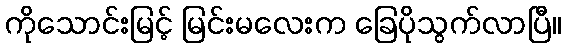
ကိုသောင်းမြင့် မြင်းမလေးက ခြေပိုသွက်လာပြီ။